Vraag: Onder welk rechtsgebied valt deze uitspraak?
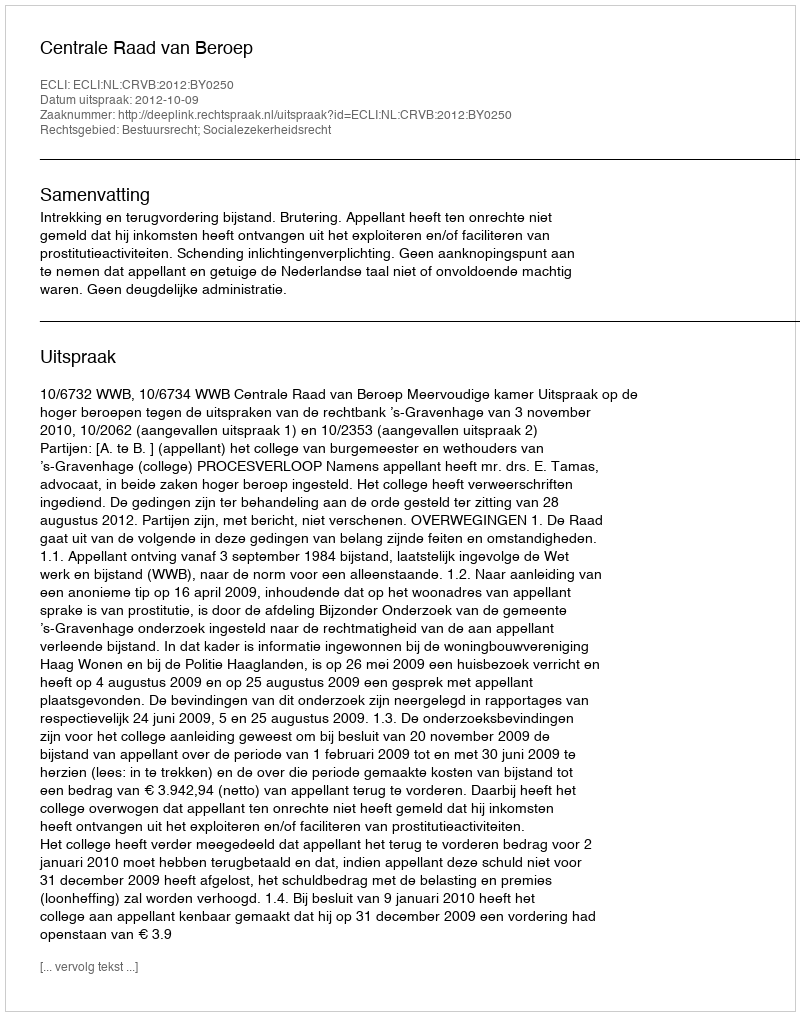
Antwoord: Bestuursrecht; Socialezekerheidsrecht